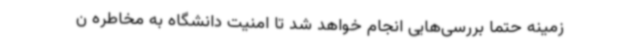
زمینه حتما بررسی‌هایی انجام خواهد شد تا امنیت دانشگاه به مخاطره ن